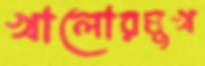
খালোরমুখ